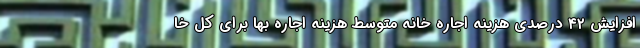
افزایش ۴۲ درصدی هزینه اجاره خانه متوسط هزینه اجاره بها برای کل خا